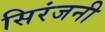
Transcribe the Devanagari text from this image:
सिरंजनी